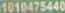
1010475440